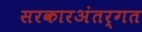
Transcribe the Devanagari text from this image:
सरकारअंतर्गत